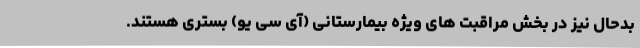
بدحال نیز در بخش مراقبت های ویژه بیمارستانی (آی سی یو) بستری هستند.